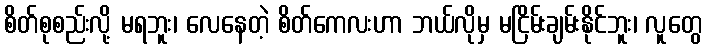
စိတ်စုစည်းလို့ မရဘူး၊ လေနေတဲ့ စိတ်ကေလးဟာ ဘယ်လိုမှ မငြိမ်းချမ်းနိုင်ဘူး၊ လူတွေ